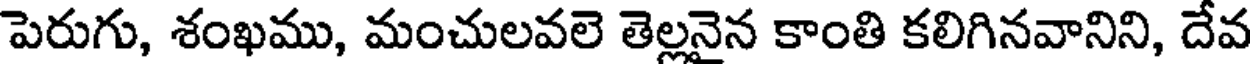
పెరుగు, శంఖము, మంచులవలె తెల్లనైన కాంతి కలిగినవానిని, దేవ